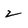
Character: z